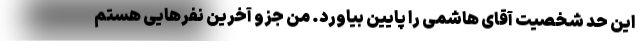
این حد شخصیت آقای هاشمی را پایین بیاورد. من جزو آخرین نفرهایی هستم